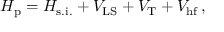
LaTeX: H _ { \mathrm { p } } = H _ { \mathrm { s . i . } } + V _ { \mathrm { L S } } + V _ { \mathrm { T } } + V _ { \mathrm { h f } } \, ,